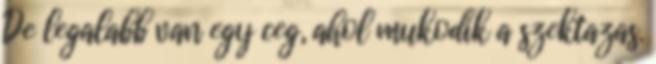
De legalabb van egy ceg, ahol mukodik a szektazas.